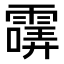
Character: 𩄺